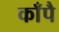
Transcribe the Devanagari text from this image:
काँपै